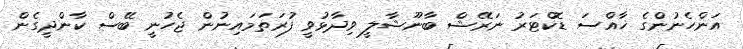
އަންހެނުންގެ ޚާއްސަ ޑޮކްޓަރު ނަރޭޝް ބާނޫޝާލީ ވިދާޅުވީ ފުރަތަމައިނުން ޖެހުނީ ބޭސް ކާންދީގެން